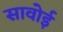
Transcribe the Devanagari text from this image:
सावोई